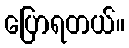
ပြောရတယ်။